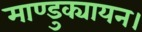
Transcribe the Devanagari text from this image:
माण्डुक्यायन।